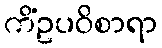
ကိံဥပဝိစာရာ